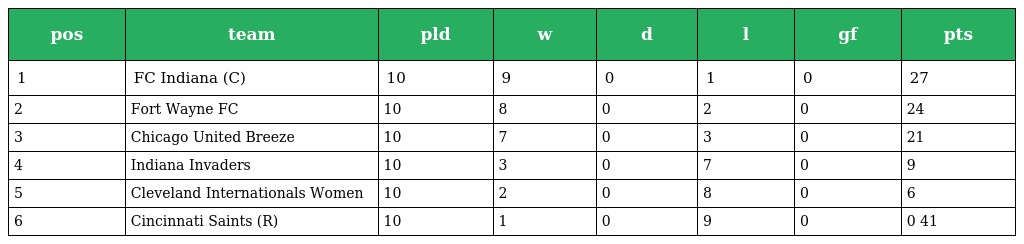
| pos | team | pld | w | d | l | gf | pts |
 | --- | --- | --- | --- | --- | --- | --- | --- |
 | 1 | FC Indiana (C) | 10 | 9 | 0 | 1 | 0 | 27 |
 | 2 | Fort Wayne FC | 10 | 8 | 0 | 2 | 0 | 24 |
 | 3 | Chicago United Breeze | 10 | 7 | 0 | 3 | 0 | 21 |
 | 4 | Indiana Invaders | 10 | 3 | 0 | 7 | 0 | 9 |
 | 5 | Cleveland Internationals Women | 10 | 2 | 0 | 8 | 0 | 6 |
 | 6 | Cincinnati Saints (R) | 10 | 1 | 0 | 9 | 0 | 0 41 |